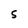
Character: S